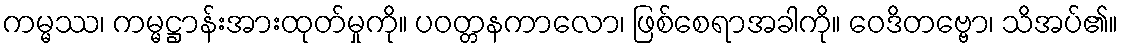
ကမ္မဿ၊ ကမ္မဋ္ဌာန်းအားထုတ်မှုကို။ ပဝတ္တနကာလော၊ ဖြစ်စေရာအခါကို။ ဝေဒိတဗ္ဗော၊ သိအပ်၏။